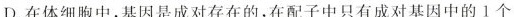
D.在体细胞中，基因是成对存在的，在配子中只有成对基因中的1个